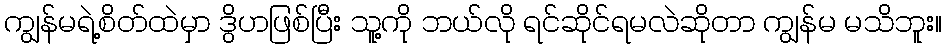
ကျွန်မရဲ့စိတ်ထဲမှာ ဒွိဟဖြစ်ပြီး သူ့ကို ဘယ်လို ရင်ဆိုင်ရမလဲဆိုတာ ကျွန်မ မသိဘူး။